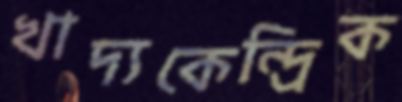
খাদ্যকেন্দ্রিক